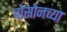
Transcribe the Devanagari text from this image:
बोसोनच्या